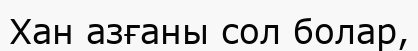
Хан азғаны сол болар,